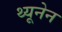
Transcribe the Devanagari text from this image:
थ्यूनेन